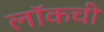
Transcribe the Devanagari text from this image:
लॉकची